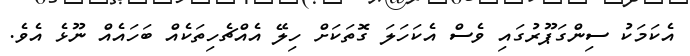
އެކަމަކު ސިންގަޕޫރުގައި ވެސް އެކަހަލަ ގޮތަކަށް ހިލޭ އެއްޗެހިތަކެއް ބަހައެއް ނޫޅެ އެވެ.